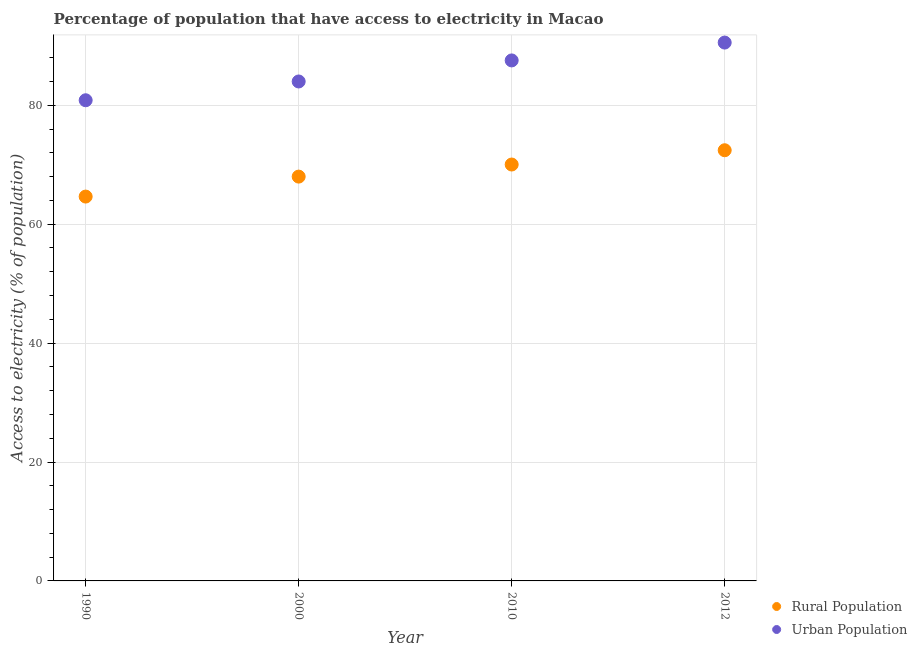
| Year | Rural Population | Urban Population |
 | --- | --- | --- |
 | 1990 | 64.6 | 80.8 |
 | 2000 | 68 | 84 |
 | 2010 | 70 | 87.5 |
 | 2012 | 72.4 | 90.5 |